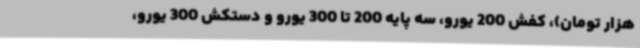
هزار تومان)، کفش 200 یورو، سه پایه 200 تا 300 یورو و دستکش 300 یورو،